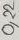
Text: 0,22